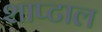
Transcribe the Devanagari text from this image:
शाप्टाल